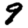
Digit: 9